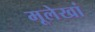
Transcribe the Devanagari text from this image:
मूलेखां